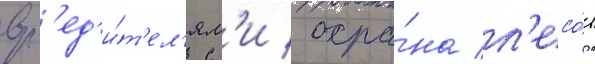
вр'ед'и́т'ел'ям'и / охра́на л'есо́в